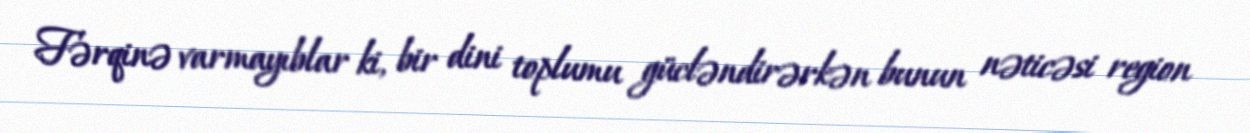
Fərqinə varmayıblar ki, bir dini toplumu gücləndirərkən bunun nəticəsi region